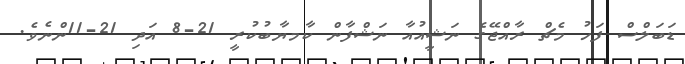
ޑަބަލްސް ފަހު މެޗް ރާއްޖޭގެ ނަޝީއުއާ ނަޝްފާން ކާމޔާބުކުރީ 21-8 އަދި 21-11ންނެވެ.